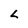
Character: L